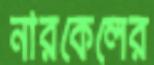
নারকেলের